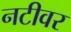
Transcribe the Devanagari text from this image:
नटीवर